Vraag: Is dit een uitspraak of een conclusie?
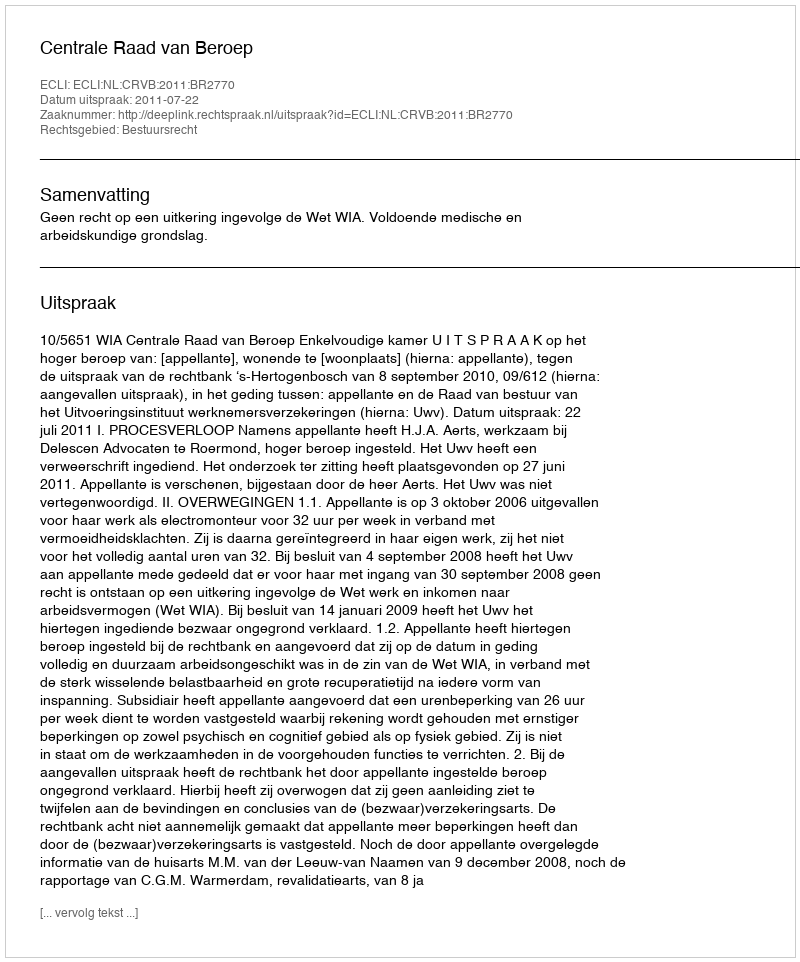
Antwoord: Uitspraak